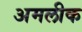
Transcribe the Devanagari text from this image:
अमलीक